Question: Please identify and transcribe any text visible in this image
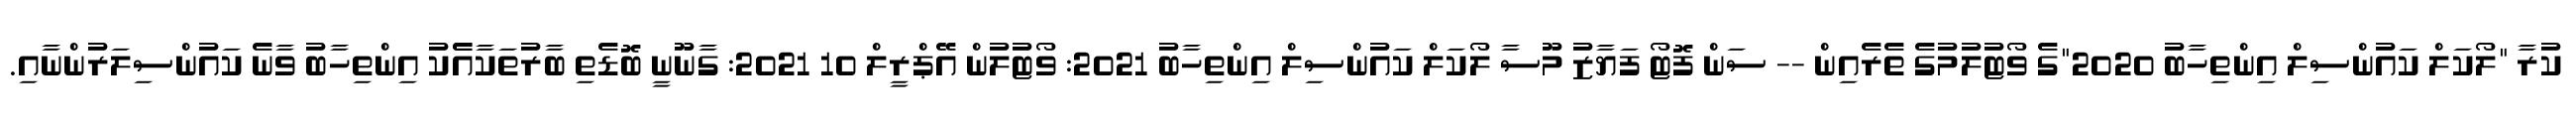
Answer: ކުރާ "ލޯކަލް ކައުންސިލް އިންތިހާބު 2020"ގެ ވޯޓުލުމުގެ ތެރެއިން -- ސަން ފޮޓޯ ފަޔާޒު މޫސާ ލޯކަލް ކައުންސިލް އިންތިހާބު 2021: ވޯޓުލުން އޭޕްރީލް 10 2021: ގާނޫނީ ބޮޑެތި ބާރުތަކާއެެކު އިންތިހާބު ވާނެ ކައުންސިލަރުންނާއި.